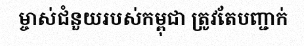
ម្ចាស់ជំនួយរបស់កម្ពុជា ត្រូវតែបញ្ជាក់